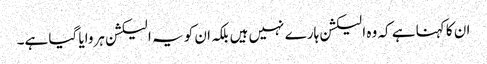
ان کا کہنا ہے کہ وہ الیکشن ہارے نہیں ہیں بلکہ ان کو یہ الیکشن ہروایا گیا ہے۔